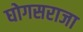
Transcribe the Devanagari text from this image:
घोगसराजा